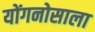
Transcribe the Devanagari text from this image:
योंगनोसाला